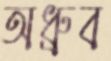
অধ্রুব